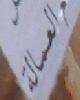
العمالة